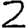
Digit: 2